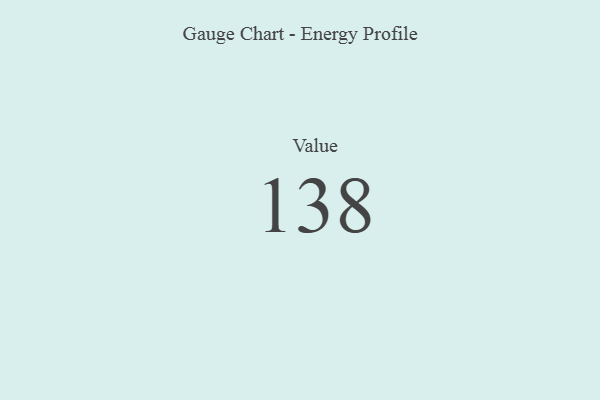
{"axis": {"x": "Metric", "y": "Value"}, "legend": [""], "data": [{"x": "Value", "y": 138, "type": ""}]}